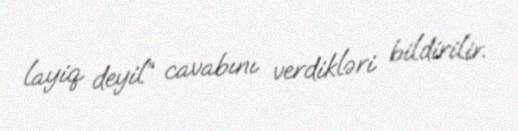
layiq deyil” cavabını verdikləri bildirilir.